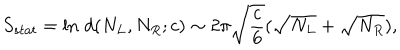
S _ { s t a t } = \ln \, d ( N _ { L } , N _ { R } ; c ) \sim 2 \pi \sqrt { \frac { c } { 6 } } ( \sqrt { N _ { L } } + \sqrt { N _ { R } } ) ,